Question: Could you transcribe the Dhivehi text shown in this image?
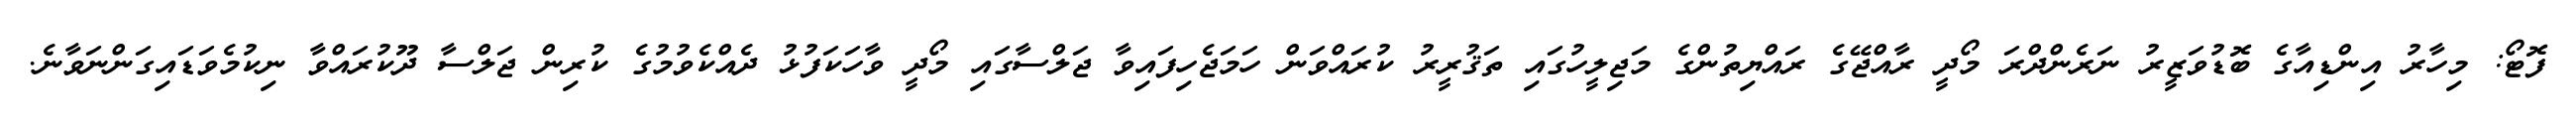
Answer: ފޮޓޯ: މިހާރު އިންޑިއާގެ ބޮޑުވަޒީރު ނަރެންދްރަ މޯދީ ރާއްޖޭގެ ރައްޔިތުންގެ މަޖިލީހުގައި ތަޤުރީރު ކުރައްވަން ހަމަޖެހިފައިވާ ޖަލްސާގައި މޯދީ ވާހަކަފުޅު ދެއްކެވުމުގެ ކުރިން ޖަލްސާ ދޫކުރައްވާ ނިކުމެވަޑައިގަންނަވާނެ.